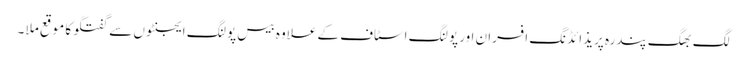
لگ بھگ پندرہ پریذائڈنگ افسران اور پولنگ اسٹاف کے علاوہ بیس پولنگ ایجنٹوں سے گفتگو کا موقع ملا ۔